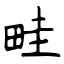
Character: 畦